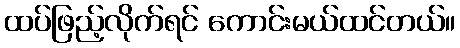
ထပ်ဖြည့်လိုက်ရင် ကောင်းမယ်ထင်တယ်။